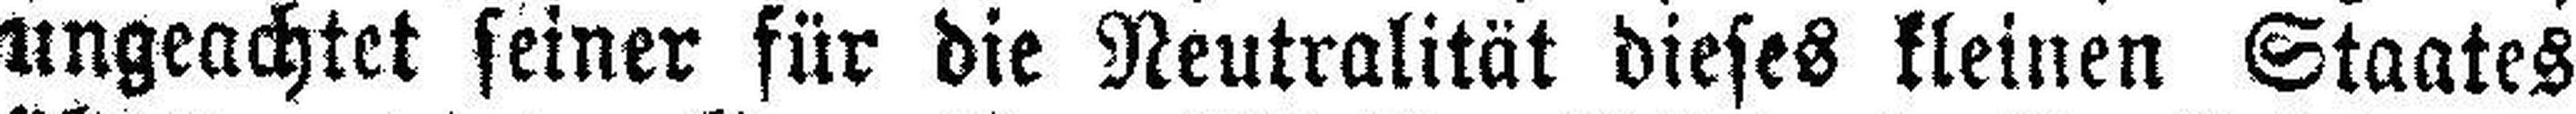
ungeachtet seiner für die Neutralität dieses kleinen Staates